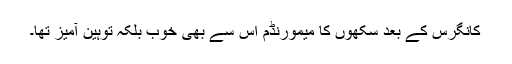
کانگرس کے بعد سکھوں کا میمورنڈم اس سے بھی خوب بلکہ توہین آمیز تھا۔